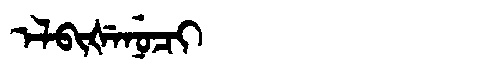
Manchu: ᡝᠯᠪᡳᡧᡝᠨᡠᠴᡳ
Romanization: ELBIŠENUCI